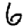
Digit: 6